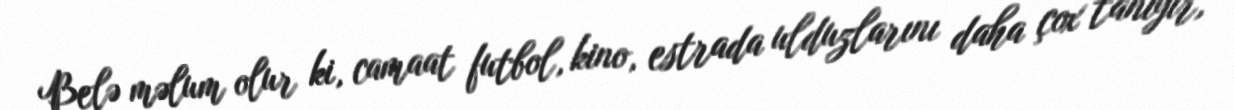
Belə məlum olur ki, camaat futbol, kino, estrada ulduzlarını daha çox tanıyır,